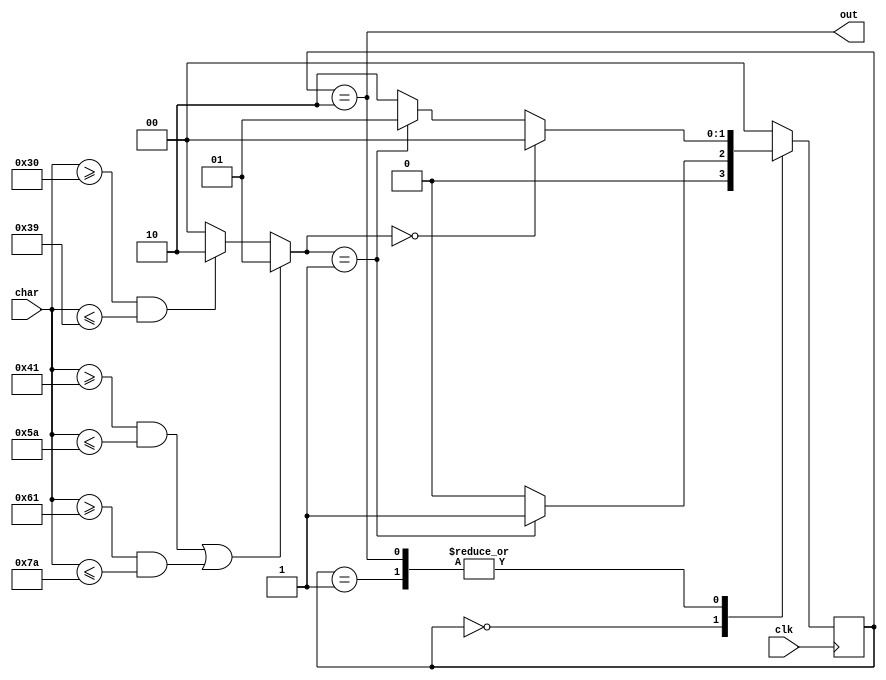
`timescale 1ns / 1ps
//////////////////////////////////////////////////////////////////////////////////
// Company: 
// Engineer: 
// 
// Design Name: 
// Module Name:    id_fsm 
// Project Name: 
// Target Devices: 
// Tool versions: 
// Description: 
//
// Dependencies: 
//
// Revision: 
// Revision 0.01 - File Created
// Additional Comments: 
//
//////////////////////////////////////////////////////////////////////////////////
module id_fsm(
    input [7:0] char,
    input clk,
    output out
    );
	
	reg [1:0] state;
	
	wire [1:0] type;
	
	parameter s0=2'b0, s1=2'b1, s2=2'b10;
	
	assign type = (char>=8'd65 && char<=8'd90) || (char>=8'd97 && char<=8'd122) ? 2'b1 : 
				  char>=8'd48 && char<=8'd57 ? 2'b10 : 
				  2'b0;
	assign out = state==s2;
	
	initial
	begin
		state = s0;
	end
	
	always@(posedge clk)
	begin
		case (state)
		s0:
			state <= type==1 ? 1 : s0;
		s1:
			state <= type==0 ? s0 :
			         type==1 ? s1 :
					 s2;
		s2:
			state <= type==0 ? s0 :
			         type==1 ? s1 :
					 s2;
		default
			state <= s0;
		endcase
	end
	
endmodule